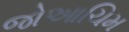
જોઆચિમ